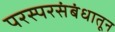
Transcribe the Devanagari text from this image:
परस्परसंबंधातून